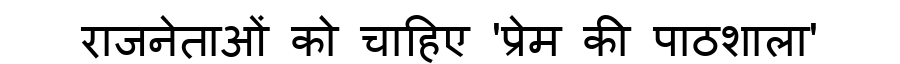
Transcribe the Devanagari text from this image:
राजनेताओं को चाहिए 'प्रेम की पाठशाला'